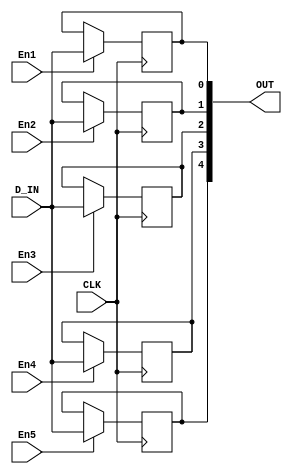
`timescale 1ns / 1ps
module Test5(input CLK, input En1, input En2, input En3, input En4, input En5,input D_IN, output reg [4:0] OUT);

    always@(posedge CLK) begin
        if(En1)
            OUT[0] <= D_IN;
    end
    always@(posedge CLK) begin
        if(En2)
            OUT[1] <= D_IN;
    end
    always@(posedge CLK) begin
        if(En3)
            OUT[2] <= D_IN;
    end
    always@(posedge CLK) begin
        if(En4)
            OUT[3] <= D_IN;
    end
    always@(posedge CLK) begin
        if(En5)
            OUT[4] <= D_IN;
    end
endmodule